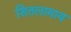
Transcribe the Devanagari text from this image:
शितलामाय